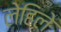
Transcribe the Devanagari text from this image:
लेहिले